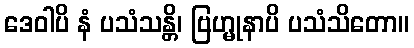
ဒေဝါပိ နံ ပသံသန္တိ၊ ဗြဟ္မုနာပိ ပသံသိတော။